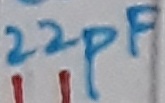
Text: 22pF